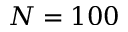
N = 1 0 0